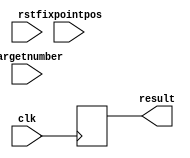
module fixedToFloat(
  input wire clk, 
  input wire rst , 
  input wire[31:0] targetnumber, 
  input wire[4:0] fixpointpos , 
  output wire[31:0] result );

wire [31:0] floatresult ; 

// Your  Implementation 


// -------------------------------------------	
// Register the results 
// -------------------------------------------

always @ ( posedge clk ) begin 
    result <= floatresult ;
end 
endmodule